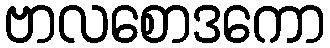
ဗာလစောဒကော